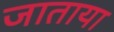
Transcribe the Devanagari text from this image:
जाताया